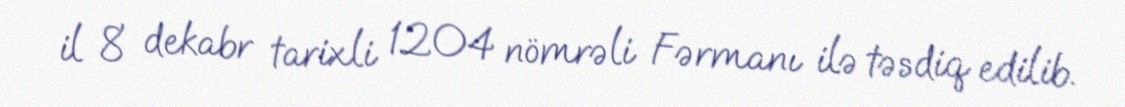
il 8 dekabr tarixli 1204 nömrəli Fərmanı ilə təsdiq edilib.